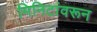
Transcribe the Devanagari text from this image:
मिनिटांवरून